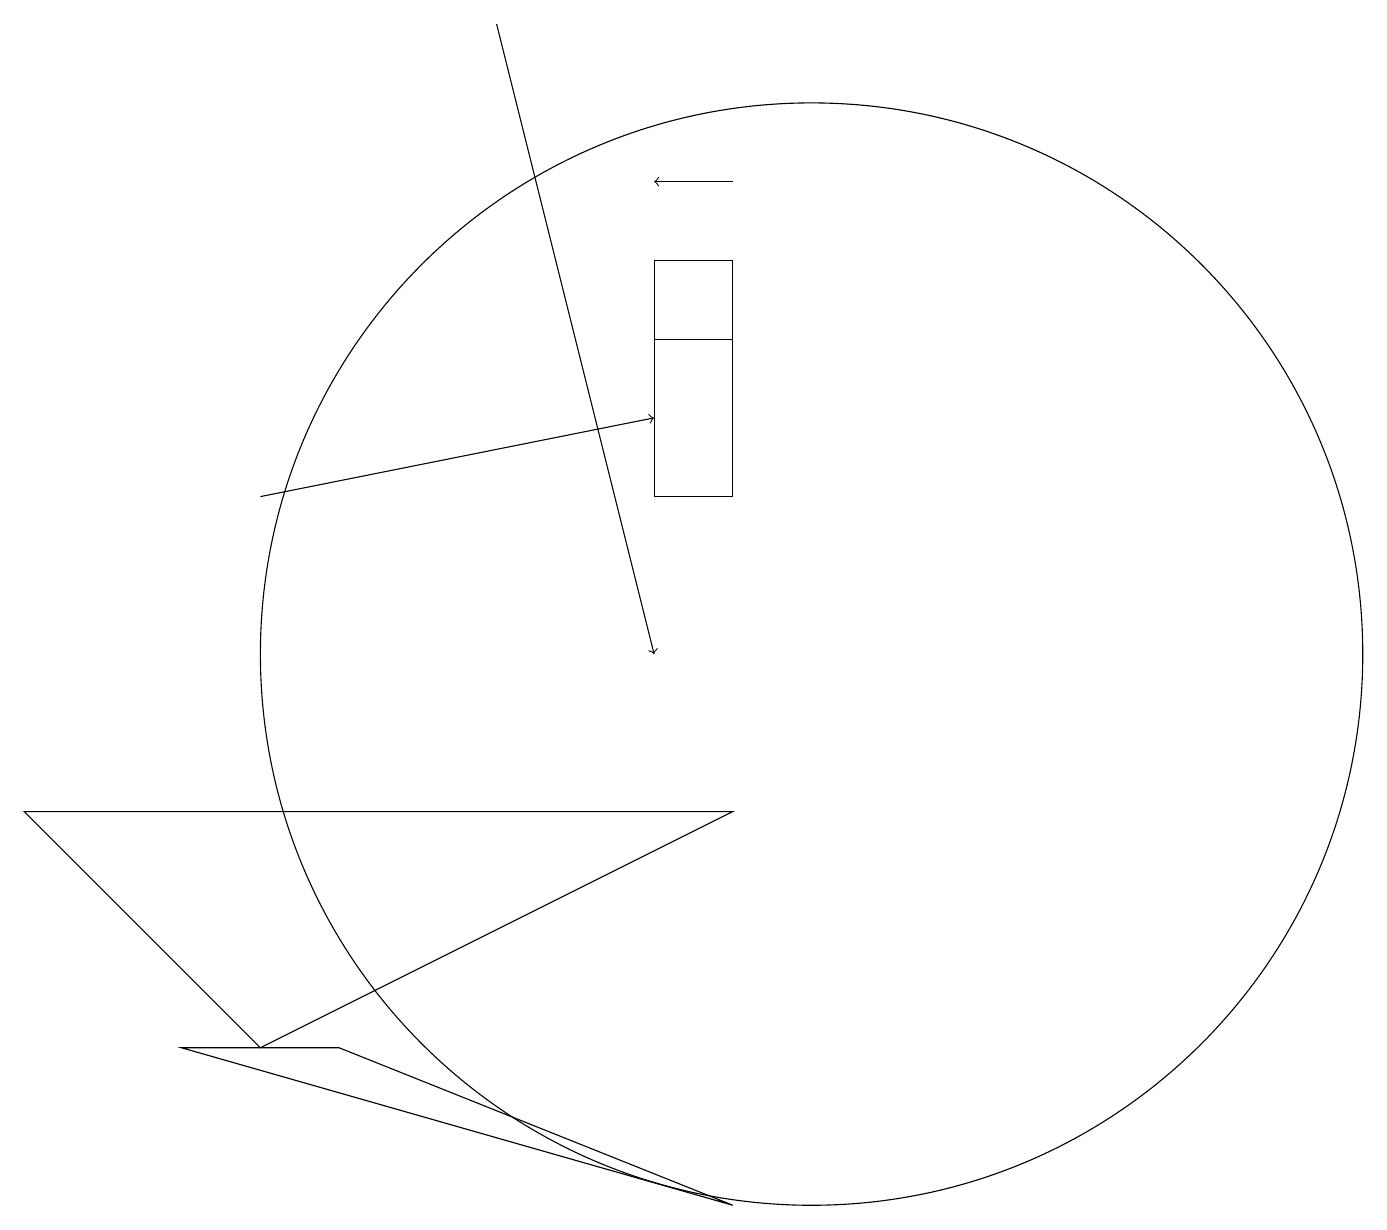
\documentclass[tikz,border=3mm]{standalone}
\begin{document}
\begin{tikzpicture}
\draw (10,10) circle (7);
\draw (9,14) rectangle (8,14);
\draw[->] (9,16) -- (8,16);
\draw (8,12) rectangle (9,15);
\draw (9,3) -- (2,5) -- (4,5) -- cycle;
\draw[->] (3,12) -- (8,13);
\draw[->] (6,18) -- (8,10);
\draw (3,5) -- (9,8) -- (0,8) -- cycle;
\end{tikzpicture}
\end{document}